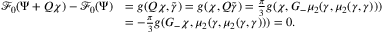
\begin{array} { r l } { \mathcal { F } _ { 0 } ( \Psi + Q \chi ) - \mathcal { F } _ { 0 } ( \Psi ) } & { = g ( Q \chi , \tilde { { \gamma } } ) = g ( \chi , Q \tilde { { \gamma } } ) = \frac \pi 3 g ( \chi , G _ { - } \mu _ { 2 } ( { \gamma } , \mu _ { 2 } ( { \gamma } , { \gamma } ) ) ) } \\ & { = - \frac \pi 3 g ( G _ { - } \chi , \mu _ { 2 } ( { \gamma } , \mu _ { 2 } ( { \gamma } , { \gamma } ) ) ) = 0 . } \end{array}